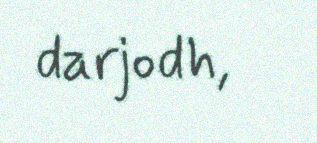
darjodh,